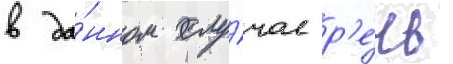
в да́нном слу́чае р'е́чь